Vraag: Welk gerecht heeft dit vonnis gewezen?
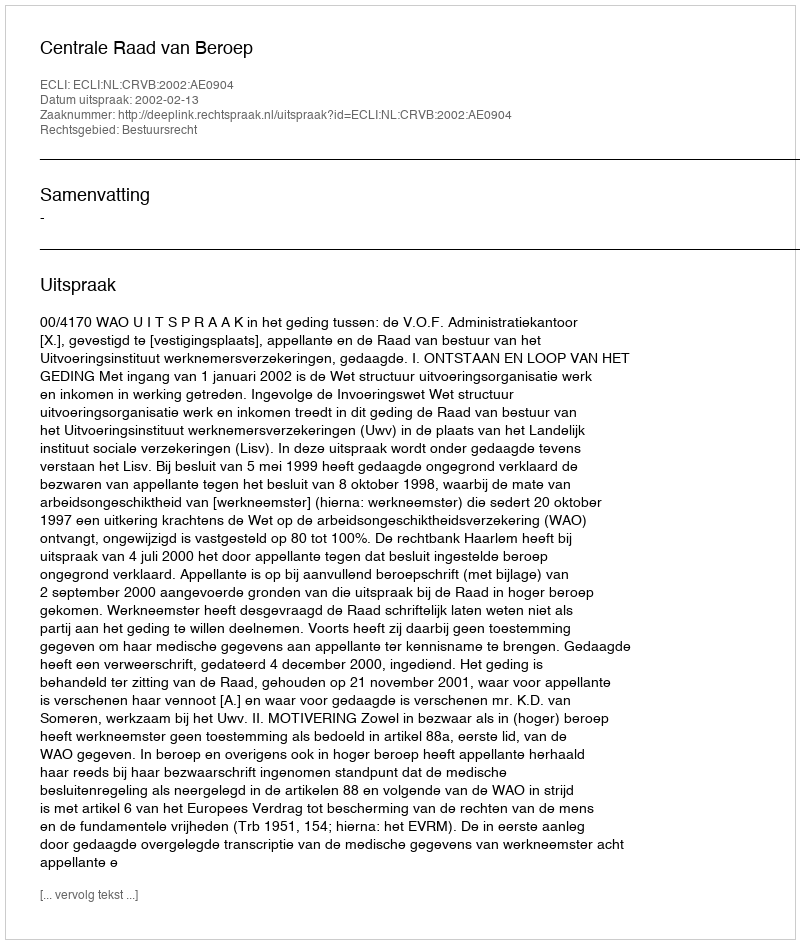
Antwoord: Centrale Raad van Beroep